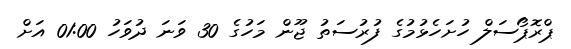
ޕްރޮޕޯސަލް ހުށަހެޅުމުގެ ފުރުސަތު ޖޫން މަހުގެ 30 ވަނަ ދުވަހު 01:00 އަށް